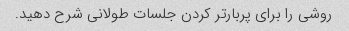
روشی را برای پربارتر کردن جلسات طولانی شرح دهید.